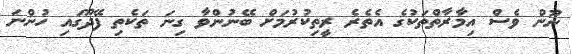
ނޫން ވެސް އިމާރާތްތަކުގެ އެތެރެ ރީތިކުރުމަށް ބޭނުންވާ ގިނަ ތަކެތި ފޭދޫގައި ހުންނަ